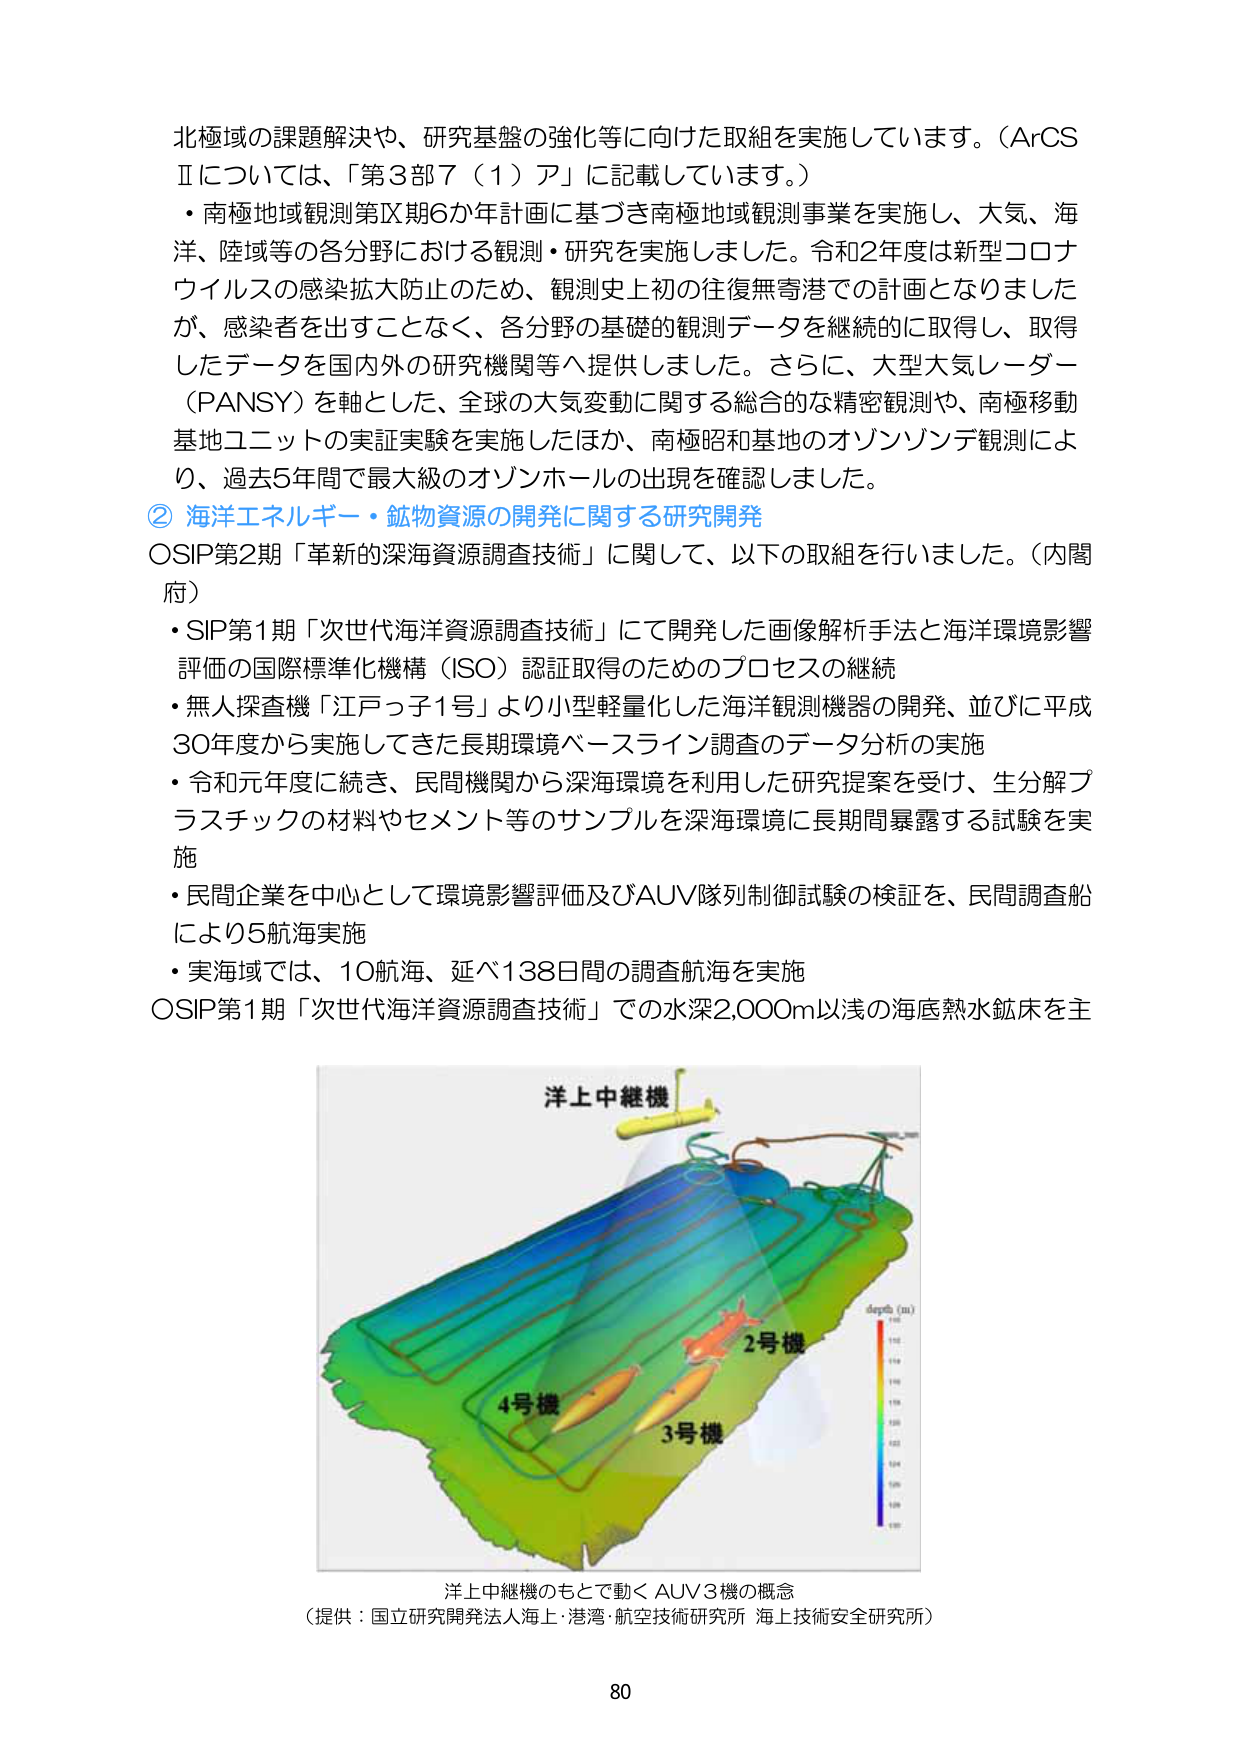
北極域の課題解決や、研究基盤の強化等に向けた取組を実施しています。（ArCSⅡについては、「第3部7（1）ア」に記載しています。）
・南極地域観測第Ⅸ期6か年計画に基づき南極地域観測事業を実施し、大気、海洋、陸域等の各分野における観測・研究を実施しました。令和2年度は新型コロナウイルスの感染拡大防止のため、観測史上初の往復無寄港での計画となりましたが、感染者を出すことなく、各分野の基礎的観測データを継続的に取得し、取得したデータを国内外の研究機関等へ提供しました。さらに、大型大気レーダー（PANSY）を軸とした、全球の大気変動に関する総合的な精密観測や、南極移動基地ユニットの実証実験を実施したほか、南極昭和基地のオゾンゾンデ観測により、過去5年間で最大級のオゾンホールの出現を確認しました。
② 海洋エネルギー・鉱物資源の開発に関する研究開発
OSIP第2期「革新的深海資源調査技術」に関して、以下の取組を行いました。（内閣府）
・SIP第1期「次世代海洋資源調査技術」にて開発した画像解析手法と海洋環境影響評価の国際標準化機構（ISO）認証取得のためのプロセスの継続
・無人探査機「江戸っ子1号」より小型軽量化した海洋観測機器の開発、並びに平成30年度から実施してきた長期環境ベースライン調査のデータ分析の実施
・令和元年度に続き、民間機関から深海環境を利用した研究提案を受け、生分解プラスチックの材料やセメント等のサンプルを深海環境に長期間暴露する試験を実施
・民間企業を中心として環境影響評価及びAUV隊列制御試験の検証を、民間調査船により5航海実施
・実海域では、10航海、延べ138日間の調査航海を実施
OSIP第1期「次世代海洋資源調査技術」での水深2,000m以浅の海底熱水鉱床を主
洋上中継機
depth (m)
2号機
4号機
3号機
洋上中継機のもとで動くAUV3機の概念
（提供：国立研究開発法人海上・港湾・航空技術研究所 海上技術安全研究所）
80